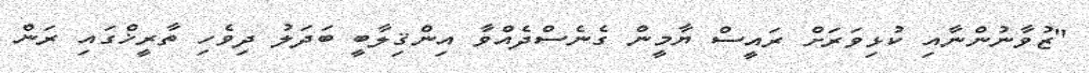
"ޒުވާނުންނާއި ކުޅިވަރަށް ރައީސް ޔާމީން ގެނެސްދެއްވާ އިންޤިލާބީ ބަދަލު ދިވެހި ތާރީޚްގައި ރަން